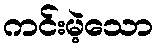
ကင်းမဲ့သော